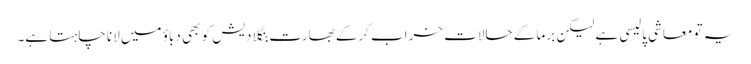
یہ تو معاشی پالیسی ہے لیکن برما کے حالات خراب کرکے بھارت بنگلا دیش کو بھی دباؤ میں لانا چاہتا ہے۔